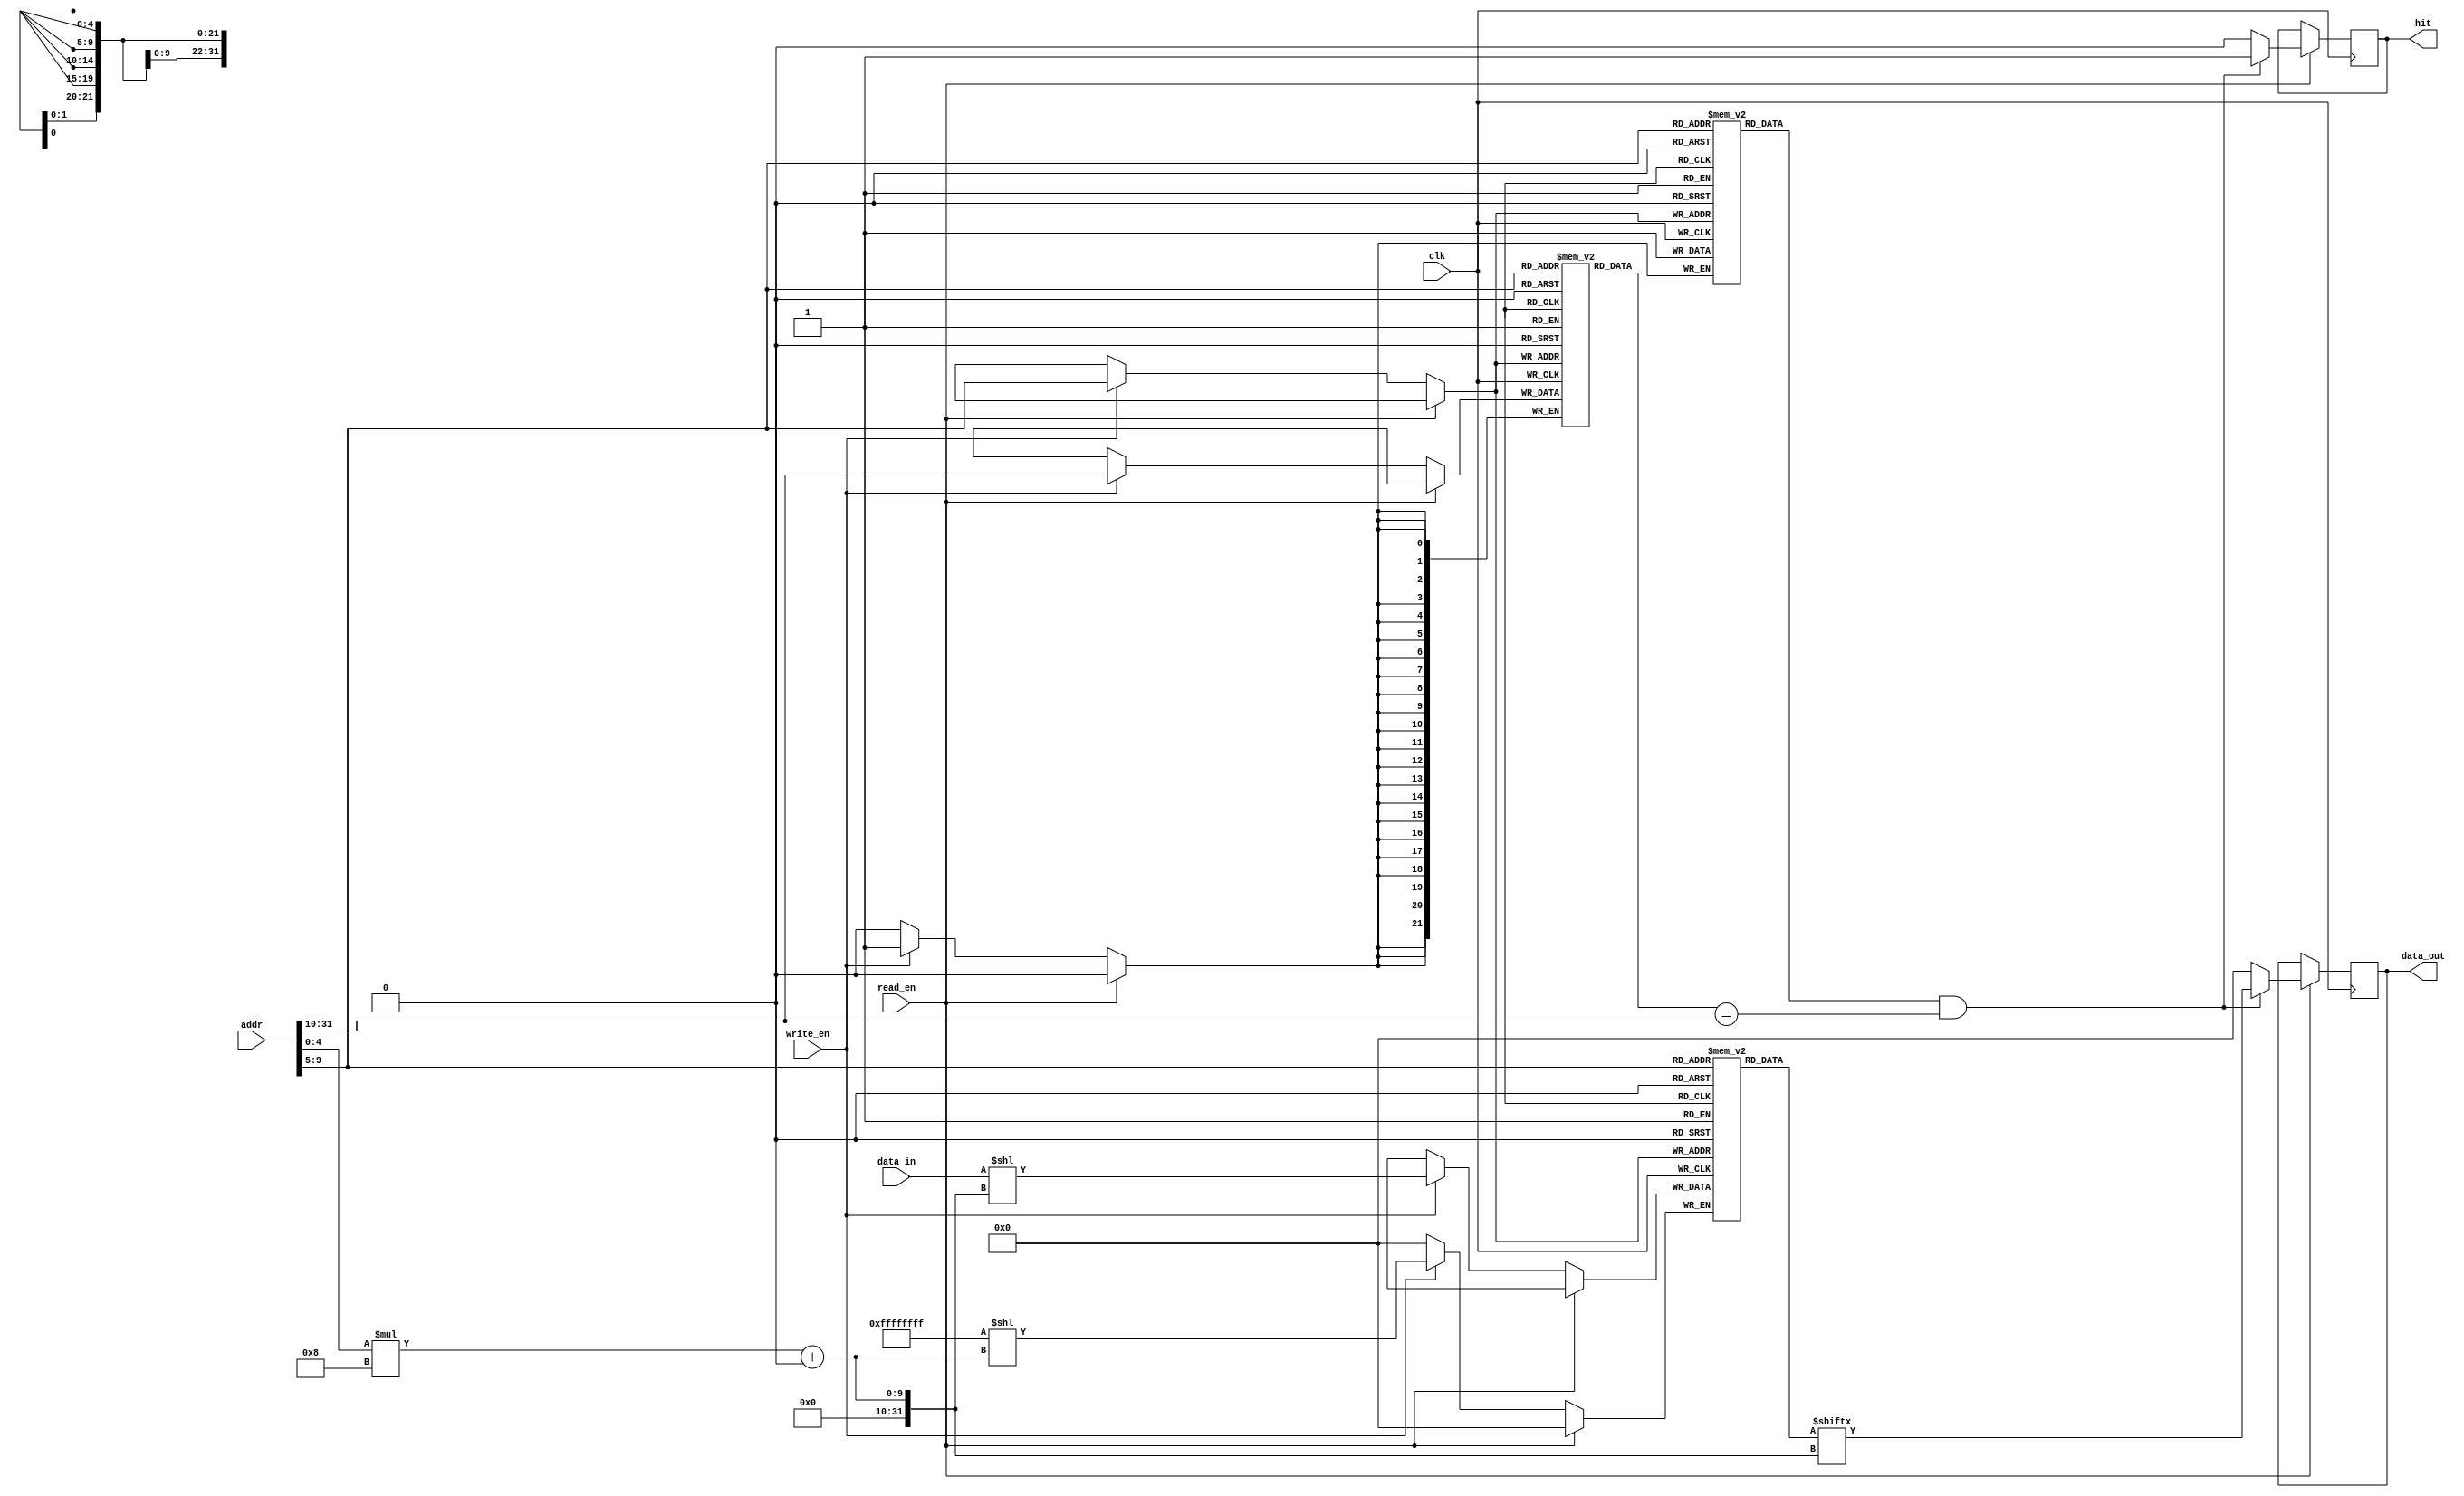
module direct_mapped_cache #(
    parameter CACHE_SIZE = 1024, // Total cache size in bytes
    parameter BLOCK_SIZE = 32     // Block size in bytes
) (
    input wire [31:0] addr,       // Memory address
    input wire [31:0] data_in,    // Data input for write operations
    input wire read_en,           // Read enable signal
    input wire write_en,          // Write enable signal
    input wire clk,               // Clock signal
    output reg [31:0] data_out,   // Data output for read operations
    output reg hit                // Hit/miss signal
);

    localparam NUM_LINES = CACHE_SIZE / BLOCK_SIZE; // Number of cache lines
    localparam INDEX_WIDTH = $clog2(NUM_LINES);      // Width of index
    localparam BLOCK_OFFSET_WIDTH = $clog2(BLOCK_SIZE); // Width of block offset
    localparam TAG_WIDTH = 32 - INDEX_WIDTH - BLOCK_OFFSET_WIDTH; // Width of tag

    // Cache line structure
    reg [TAG_WIDTH-1:0] tags [0:NUM_LINES-1]; // Tag storage
    reg [BLOCK_SIZE-1:0] cache_data [0:NUM_LINES-1]; // Data storage
    reg valid [0:NUM_LINES-1]; // Valid bits

    wire [TAG_WIDTH-1:0] tag; // Extracted tag from address
    wire [INDEX_WIDTH-1:0] index; // Extracted index from address
    wire [BLOCK_OFFSET_WIDTH-1:0] block_offset; // Extracted block offset from address

    // Address decomposition
    assign tag = addr[31:32-TAG_WIDTH];
    assign index = addr[32-TAG_WIDTH-1:BLOCK_OFFSET_WIDTH];
    assign block_offset = addr[BLOCK_OFFSET_WIDTH-1:0];

    // Cache operation
    always @(posedge clk) begin
        if (read_en) begin
            // Read operation
            if (valid[index] && (tags[index] == tag)) begin
                // Cache hit
                data_out <= cache_data[index][block_offset*8 +: 32]; // Read the appropriate data
                hit <= 1'b1;
            end else begin
                // Cache miss
                data_out <= 32'b0; // Data would be fetched from main memory in a real implementation
                hit <= 1'b0;
            end
        end else if (write_en) begin
            // Write operation
            cache_data[index][block_offset*8 +: 32] <= data_in; // Write the data to the cache
            tags[index] <= tag; // Update the tag
            valid[index] <= 1'b1; // Set valid bit
        end
    end

    // Initialize cache
    integer i;
    initial begin
        for (i = 0; i < NUM_LINES; i = i + 1) begin
            valid[i] = 1'b0; // Initialize all valid bits to 0
        end
    end

endmodule